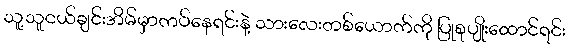
သူ့သူငယ်ချင်းအိမ်မှာကပ်နေရင်းနဲ့ သားလေးတစ်ယောက်ကို ပြုစုပျိုးထောင်ရင်း